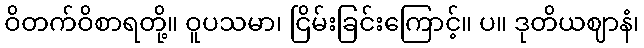
ဝိတက်ဝိစာရတို့။ ဝူပသမာ၊ ငြိမ်းခြင်းကြောင့်။ ပ။ ဒုတိယဈာနံ၊